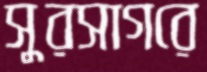
সুরসাগরে